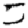
Digit: 5